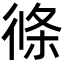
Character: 𭛹